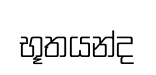
භූතයන්ද